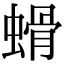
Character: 螖